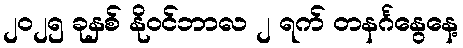
၂၀၂၅ ခုနှစ် နိုဝင်ဘာလ ၂ ရက် တနင်္ဂနွေနေ့